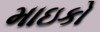
માઇકો